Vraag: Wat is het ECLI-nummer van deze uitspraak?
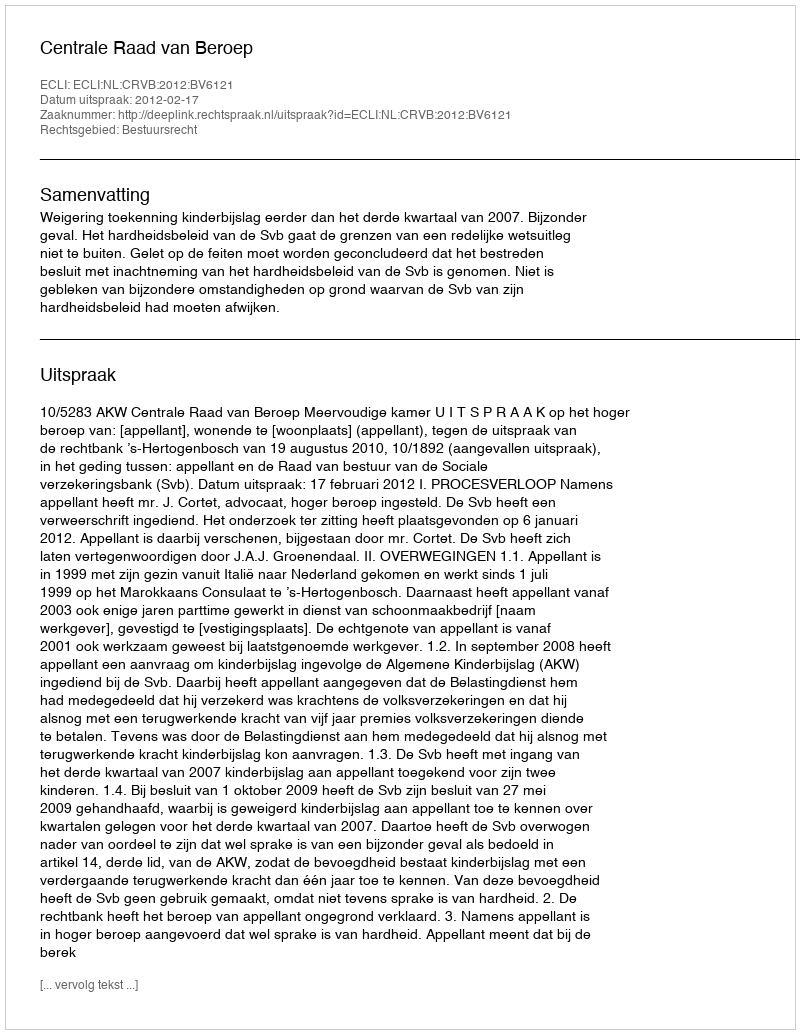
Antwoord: ECLI:NL:CRVB:2012:BV6121